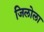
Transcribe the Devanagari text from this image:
जिलोला